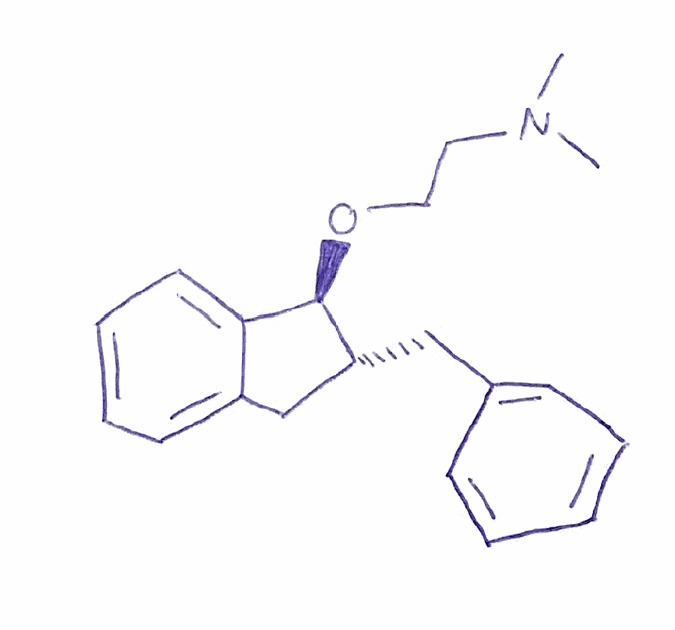
Simplified molecular-input line-entry system (SMILES) notation of the given molecule:
CN(C)CCO[C@H]1[C@@H](CC2=CC=CC=C12)CC3=CC=CC=C3